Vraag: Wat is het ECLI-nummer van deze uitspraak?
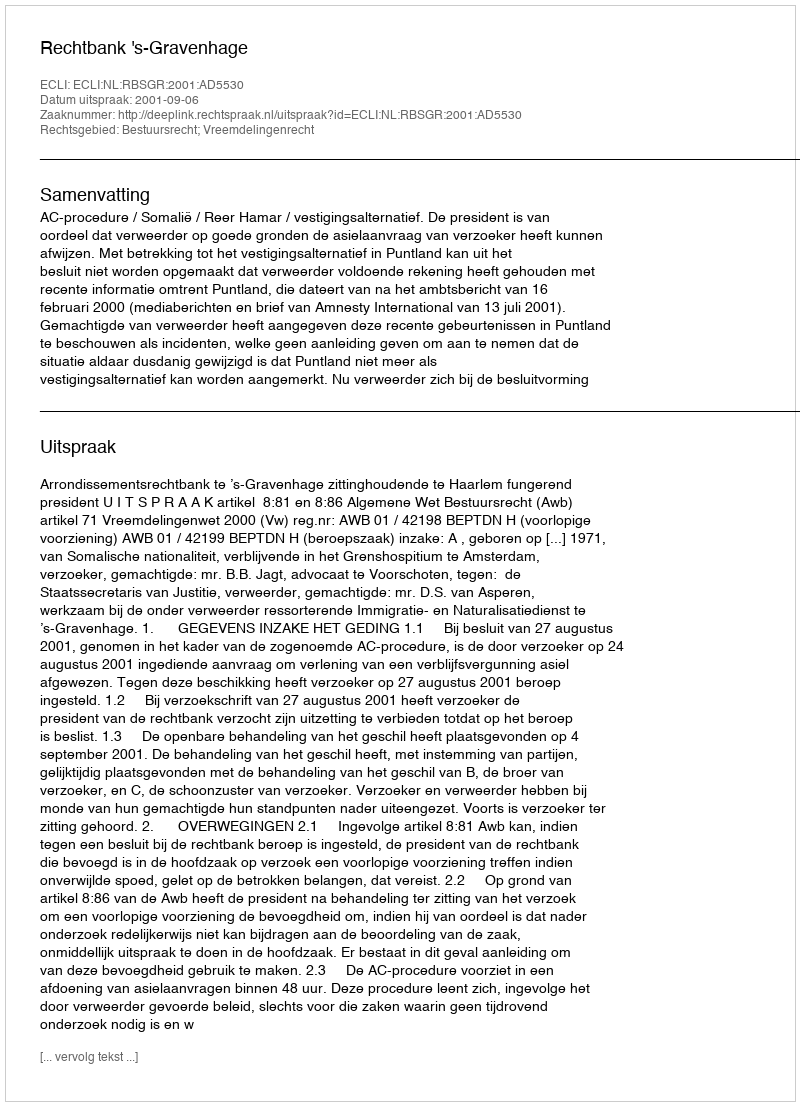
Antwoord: ECLI:NL:RBSGR:2001:AD5530